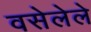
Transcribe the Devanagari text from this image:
वसेलेले